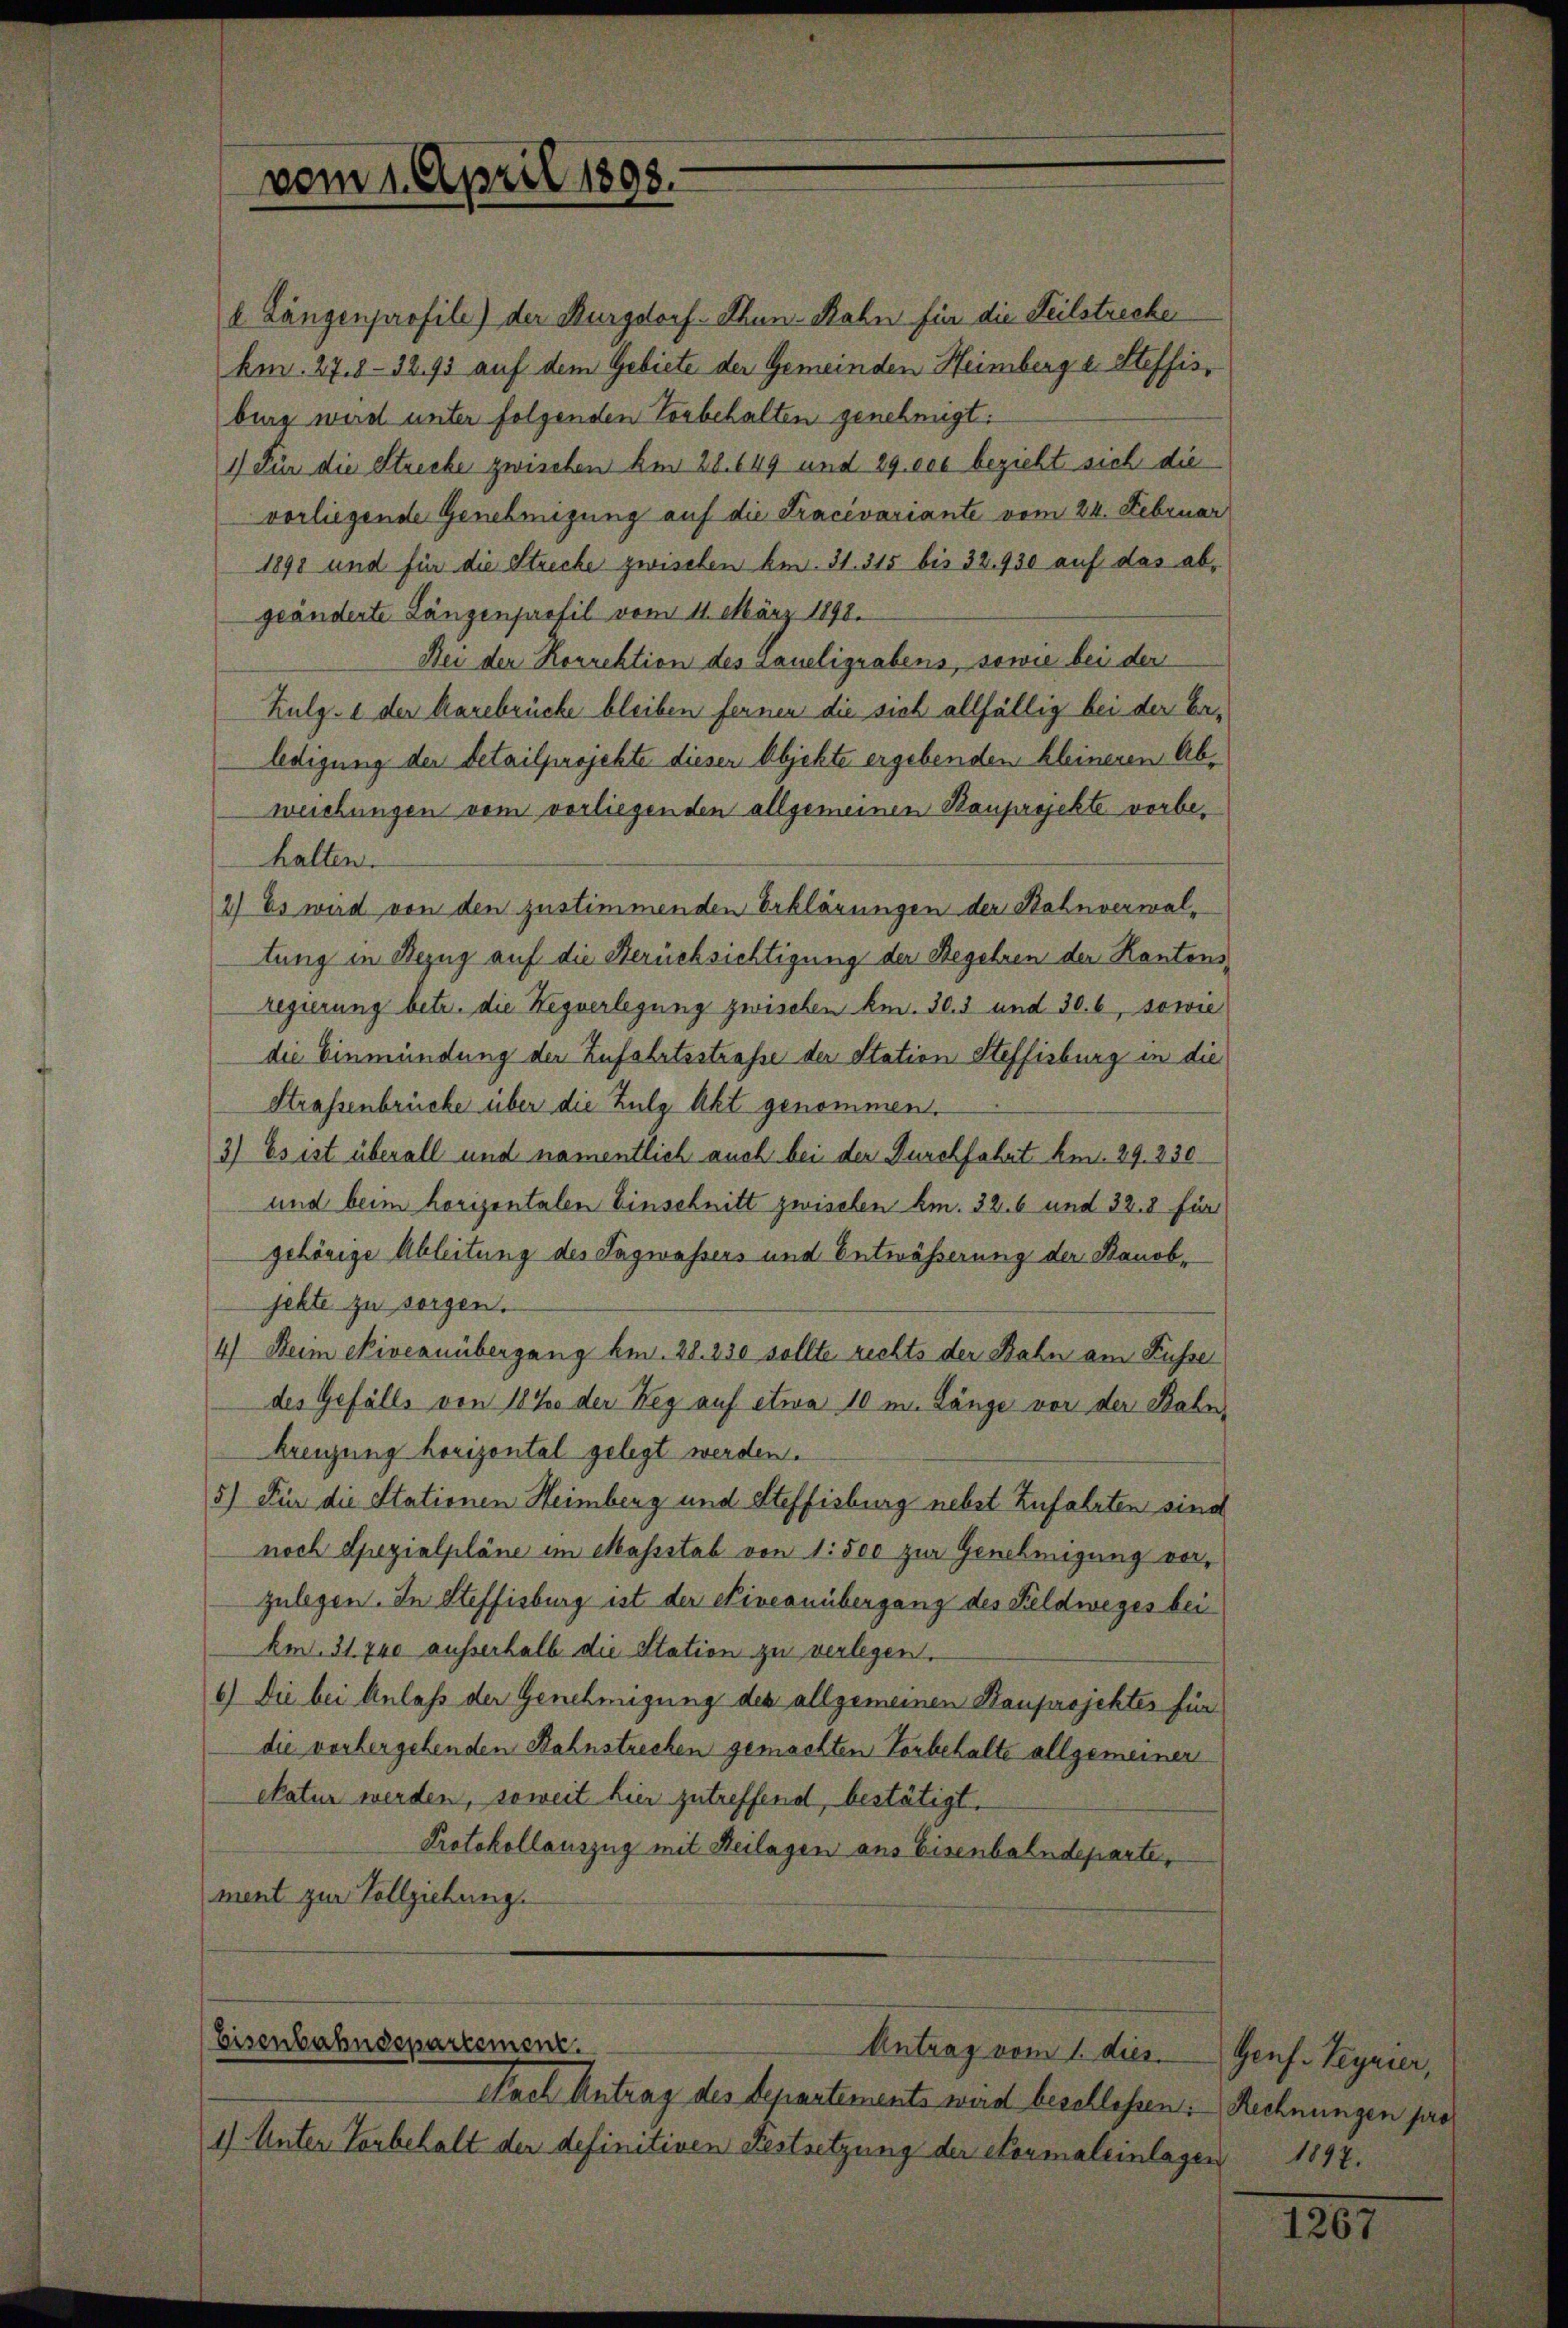
vom 1. April 1898

l. Längenprofile) der Burgdorf. Thun-Rahn für die Teilstrecker
km. 27.8-3293 auf dem Gebiete der Gemeinden Heimberg u. Steffisbung wird unter folgenden Vorbehalten genehmigt.
1) Für die Strecke zwischen Am 28. 649 und 29 ces bezieht sich die
vorliegende Genehmigung auf die Tracivariante vom 24. Februar
1898 und für die Strecke zwischen bei. 31. 315 bis 32. 930 auf das abgeänderte Längenpassil vom 11. März 1898.
Bei der Korrektion des Saueligrabens, sowie bei der
Kulg. e der Karebrücke bleiben fernen die sich allfällig bei der Erledigung der detailprojekte dieser Objekte ergebenden kleineren Abweichungen vom vorliegenden allgemeinen Bauprojekte vorbehalten.
2) Es wird von den zustimmenden Erklärungen der Bahnverwaltung in Bezug auf die Berücksichtigung der Begehren der Kantonsregierung betr. die Hegverlegung zwischen kn. 30. 3 und 30. 6, sowie
die Einmündung der Zufahrtsstraße der Station Steffisburg in die
Strassenbrücke über die Zulg Akt genommen.
3) Es ist überall und namentlich auch bei der Durchfahrt Am. 29. 330
und beim horizontalen Einschnitt zwischen Am. 32. 6 und 32. 8 für
gehörige Ableitung des Tagwassers und Entwässerung der Banobjekte zu sorgen.
4) Beim Niveauübergang Am. 28. 230 sollte rechts der Bahn am Fusse
des Gefälls von 10 % der Weg auf etwa 10 m. Länge vor der Bahn¬
Kreuzung horizontal gelegt werden.
5) Für die Stationen Heimberg und Steffisburg nebst Zufahrten sind
noch Spezialpläne im Massstab von 1500 zur Genehmigung vorzulegen. In Steffisburg ist der Niveauübergang des Feldweges bei
km. 31. 740 ausserhalb die Station zu verlegen.
6) Die bei Anlaß der Genehmigung des allgemeinen Bauprojektes für
die vorhergehenden Bahnstrecken gemachten Vorbehalte allgemeinen
ckatur werden, soweit hier zutreffend, bestätigt.
Protokollauszug mit Heilagen aus Eisenbahndeparte,
ment zur Vollziehung.

Eisenbahndepartement
Antrag vom 1. dies

Nach Antrag des Departements wird beschlossen: Rechnungen pros
1) Unter Vorbehalt der definitiven Festsetzung der Normaleinlagen

Genf. Teynier,
1897.

1201